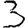
Digit: 3